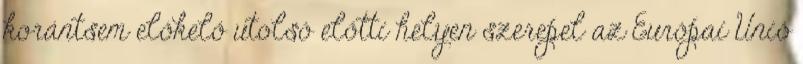
korántsem előkelő utolsó előtti helyen szerepel az Európai Unió